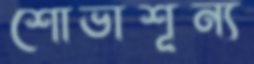
শোভাশূন্য